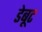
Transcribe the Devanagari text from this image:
डेबूट